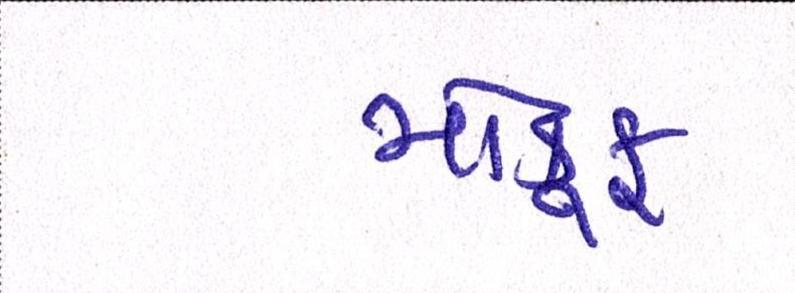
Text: મોકૂફ